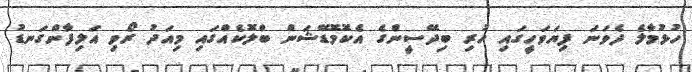
ހުޅުމާލެ ދެވަނަ ފިޔަވަހީގައި ހުރި ބިދޭސީންގެ އެކޮމޮޑޭޝަން ބްލޮކެއްގައި މިއަދު ރޯވި އަލިފާންގަނޑު